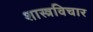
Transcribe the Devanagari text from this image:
शास्त्रविचार